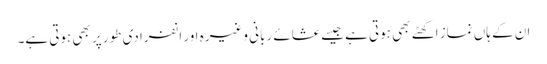
ان کے ہاں نماز اکھٹے بھی ہوتی ہے جیسے عشائے ربانی وغیرہ اور انفرادی طور پر بھی ہوتی ہے۔